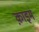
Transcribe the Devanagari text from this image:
क़ाइम